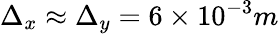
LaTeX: \Delta_{x}\approx\Delta_{y}=6\times 10^{-3}m